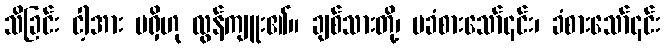
သိခြင်း ငါ့အား မရှိဟု လွန်ကျူး၏။ ချစ်သားတို့၊ မခံစားသော်၎င်း၊ ခံစားသော်၎င်း